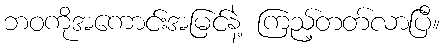
ဘဝကိုအကောင်းအမြင်နဲ့ ကြည့်တတ်လာပြီ။